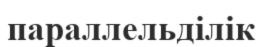
параллельділік